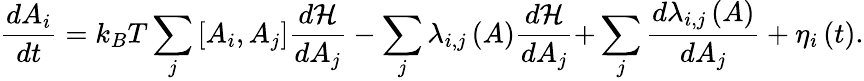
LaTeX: {\frac{dA_{i}}{dt}}=k_{B}T\sum_{j}{\left[{A_{i},A_{j}}\right]{\frac{{d}{\mathcal{H}}}{dA_{j}}}}-\sum_{j}{\lambda_{i,j}\left(A\right){\frac{d{\mathcal{H}}}{dA_{j}}}+}\sum_{j}{\frac{d{\lambda_{i,j}\left(A\right)}}{dA_{j}}}+\eta_{i}\left(t\right).